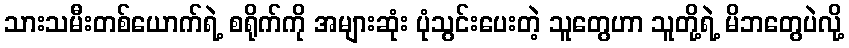
သားသမီးတစ်ယောက်ရဲ့ စရိုက်ကို အများဆုံး ပုံသွင်းပေးတဲ့ သူတွေဟာ သူတို့ရဲ့ မိဘတွေပဲလို့